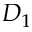
D _ { 1 }